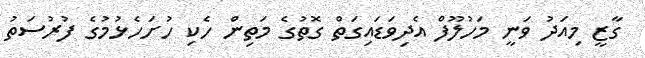
ގާޒީ މިއަދު ވަނީ މަހުލޫފް އެދިވަޑައިގަތް ގޮތުގެ މަތިން ހެކި ހުށަހެޅުމުގެ ފުރުސަތު